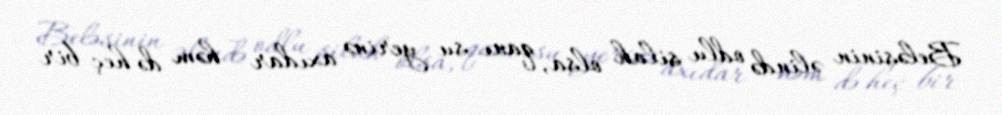
Beləsinin əlində odlu silah olsa, qanı su yerinə axıdar - həm də heç bir